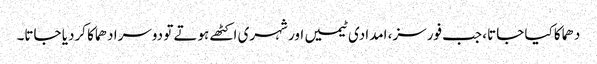
دھماکا کیا جاتا، جب فورسز، امدادی ٹیمیں اور شہری اکٹھے ہوتے تو دوسرا دھماکا کردیا جاتا۔